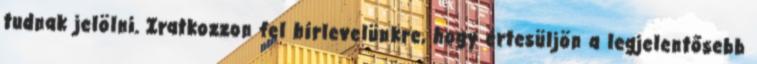
tudnak jelölni. Iratkozzon fel hírlevelünkre, hogy értesüljön a legjelentősebb